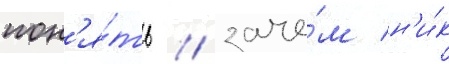
пон'я́ть / заче́м н'и́к